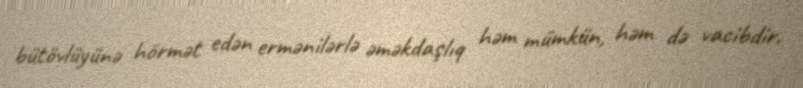
bütövlüyünə hörmət edən ermənilərlə əməkdaşlıq həm mümkün, həm də vacibdir.